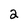
Character: 2